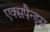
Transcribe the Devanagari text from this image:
एक्सपैन्ड्स